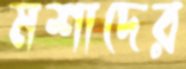
মশাদের